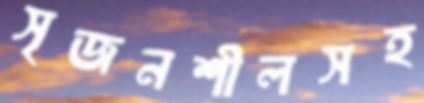
সৃজনশীলসহ